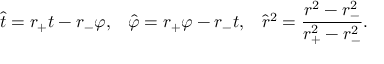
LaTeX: \hat { t } = r _ { + } t - r _ { - } \varphi , \; \; \; \hat { \varphi } = r _ { + } \varphi - r _ { - } t , \; \; \; \hat { r } ^ { 2 } = \frac { r ^ { 2 } - r _ { - } ^ { 2 } } { r _ { + } ^ { 2 } - r _ { - } ^ { 2 } } .